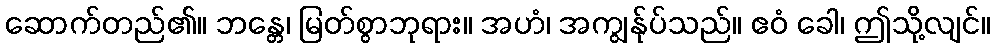
ဆောက်တည်၏။ ဘန္တေ၊ မြတ်စွာဘုရား။ အဟံ၊ အကျွန်ုပ်သည်။ ဧဝံ ခေါ၊ ဤသို့လျင်။